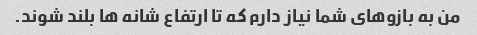
من به بازوهای شما نیاز دارم که تا ارتفاع شانه ها بلند شوند.